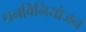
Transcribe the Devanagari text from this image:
धनविनियोजन